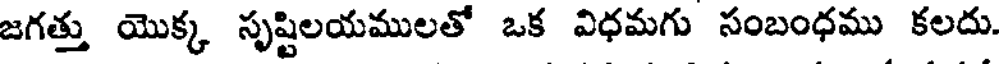
జగత్తు యొక్క సృష్టిలయములతో ఒక విధమగు సంబంధము కలదు.